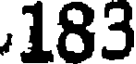
183